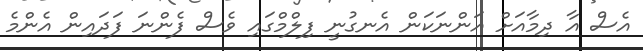
އެސް އާ ދިމާއަށް އަންނަކަން އެނގުނީ ފިލްމްގައި ވެސް ފެންނަ ފަދައިން އެންމެ